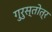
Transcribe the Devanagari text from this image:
गुरुस्तोत्र